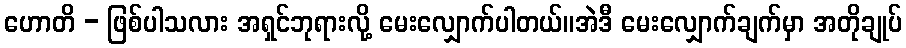
ဟောတိ - ဖြစ်ပါသလား အရှင်ဘုရားလို့ မေးလျှောက်ပါတယ်။အဲဒီ မေးလျှောက်ချက်မှာ အတိုချုပ်